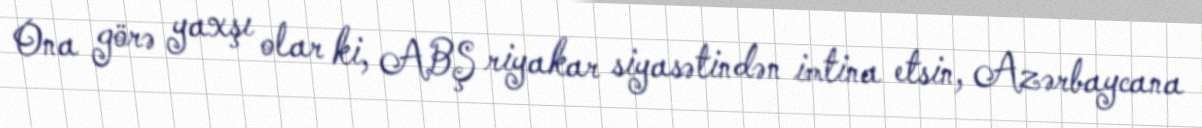
Ona görə yaxşı olar ki, ABŞ riyakar siyasətindən imtina etsin, Azərbaycana